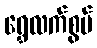
ရွှေလက်စွပ်